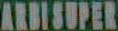
ARDISUPER